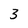
Character: 3